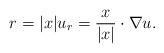
LaTeX: \begin{align*}r = |x| u_r = \dfrac{x}{|x|} \cdot \nabla u.\end{align*}